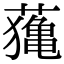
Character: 𦿷